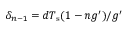
\delta _ { n - 1 } = d T _ { \mathrm { s } } ( 1 - n g ^ { \prime } ) / g ^ { \prime }